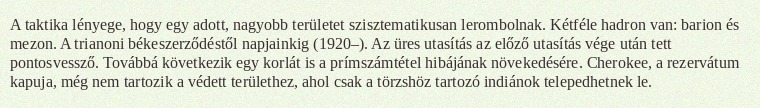
A taktika lényege, hogy egy adott, nagyobb területet szisztematikusan lerombolnak. Kétféle hadron van: barion és mezon. A trianoni békeszerződéstől napjainkig (1920–). Az üres utasítás az előző utasítás vége után tett pontosvessző. Továbbá következik egy korlát is a prímszámtétel hibájának növekedésére. Cherokee, a rezervátum kapuja, még nem tartozik a védett területhez, ahol csak a törzshöz tartozó indiánok telepedhetnek le.